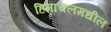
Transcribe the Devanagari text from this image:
हिमाचलमधील